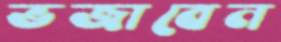
ভজাবেন